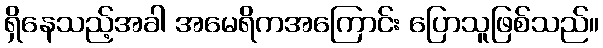
ရှိနေသည့်အခါ အမေရိကအကြောင်း ပြောသူဖြစ်သည်။